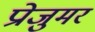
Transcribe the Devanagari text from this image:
प्रोजुमर